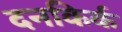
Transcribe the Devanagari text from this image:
दनकिर्क